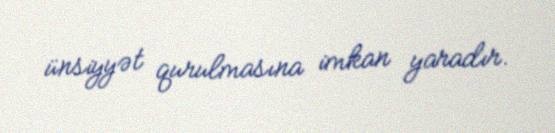
ünsiyyət qurulmasına imkan yaradır.